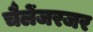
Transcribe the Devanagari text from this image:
चैलेंजरजर